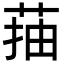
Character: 菗